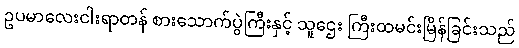
ဥပမာလေးငါးရာတန် စားသောက်ပွဲကြီးနှင့် သူဌေး ကြီးထမင်းမြိန်ခြင်းသည်